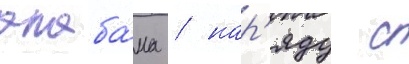
алаба́ма / нар'яду с